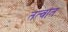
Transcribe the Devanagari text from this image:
तत्वांत